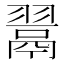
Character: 𮋎